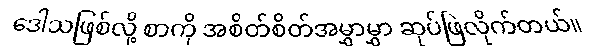
ဒေါသဖြစ်လို့ စာကို အစိတ်စိတ်အမွှာမွှာ ဆုပ်ဖြဲလိုက်တယ်။